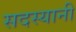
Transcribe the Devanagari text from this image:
सदस्यानी